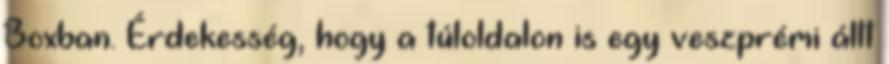
Boxban. Érdekesség, hogy a túloldalon is egy veszprémi állt